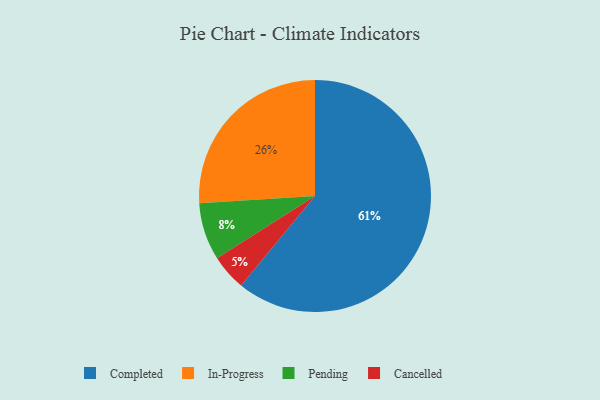
{"axis": {"x": "Category", "y": "Percentage"}, "legend": ["Cancelled", "Completed", "In-Progress", "Pending"], "data": [{"x": "Pending", "y": 8, "type": "Pending"}, {"x": "Completed", "y": 61, "type": "Completed"}, {"x": "In-Progress", "y": 26, "type": "In-Progress"}, {"x": "Cancelled", "y": 5, "type": "Cancelled"}]}